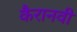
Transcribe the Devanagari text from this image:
कैरानवी